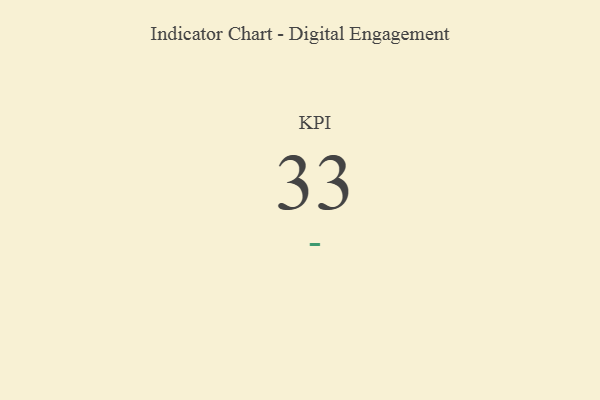
{"axis": {"x": "KPI", "y": "Value"}, "legend": [""], "data": [{"x": "KPI", "y": 33, "type": ""}]}